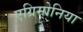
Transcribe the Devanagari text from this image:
एग्रिमोनिया